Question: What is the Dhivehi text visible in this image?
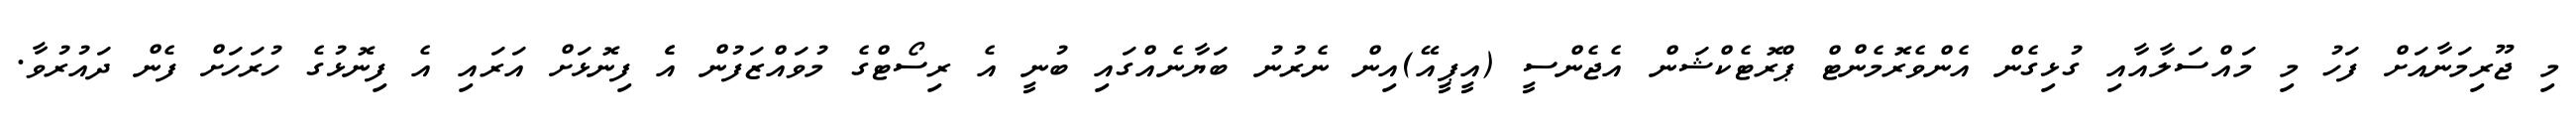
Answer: މި ޖޫރިމަނާއަށް ފަހު މި މައްސަލާއާއި ގުޅިގެން އެންވެރޮމެންޓް ޕްރޮޓެކްޝަން އެޖެންސީ (އީޕީއޭ)އިން ނެރުނު ބަޔާނެއްގައި ބުނީ އެ ރިސޯޓްގެ މުވައްޒަފުން އެެ ފިނޮޅަށް އަރައި އެ ފިނޮޅުގެ ހުރަހަށް ފެން ދައުރުވާ.